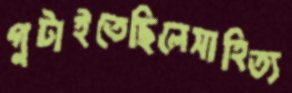
গুটাইতেছিলেসাহিত্য